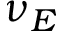
\nu _ { E }